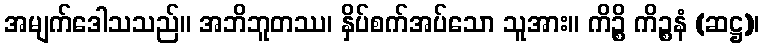
အမျက်ဒေါသသည်။ အဘိဘူတဿ၊ နှိပ်စက်အပ်သော သူအား။ ကိဉ္စိ ကိဉ္စနံ (ဆဋ္ဌ)၊